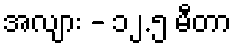
အလျား - ၁၂.၅ မီတာ